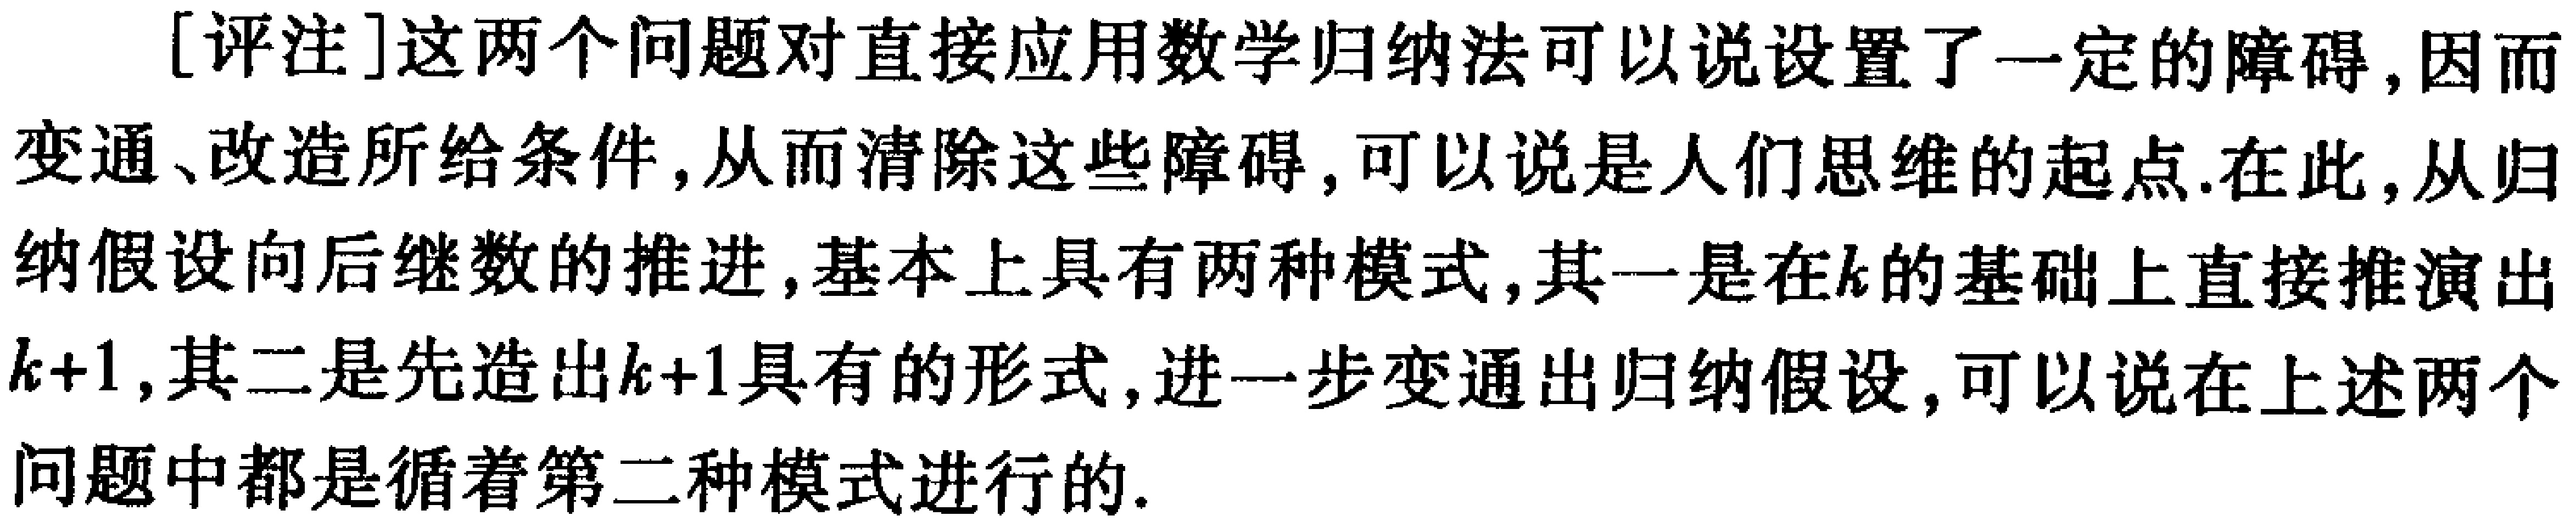
[评注]这两个问题对直接应用数学归纳法可以说设置了一定的障碍,因而变通、改造所给条件,从而清除这些障碍,可以说是人们思维的起点.在此,从归纳假设向后继数的推进,基本上具有两种模式,其一是在\(k\)的基础上直接推演出\(k + 1\),其二是先造出\(k + 1\)具有的形式,进一步变通出归纳假设,可以说在上述两个问题中都是循着第二种模式进行的.